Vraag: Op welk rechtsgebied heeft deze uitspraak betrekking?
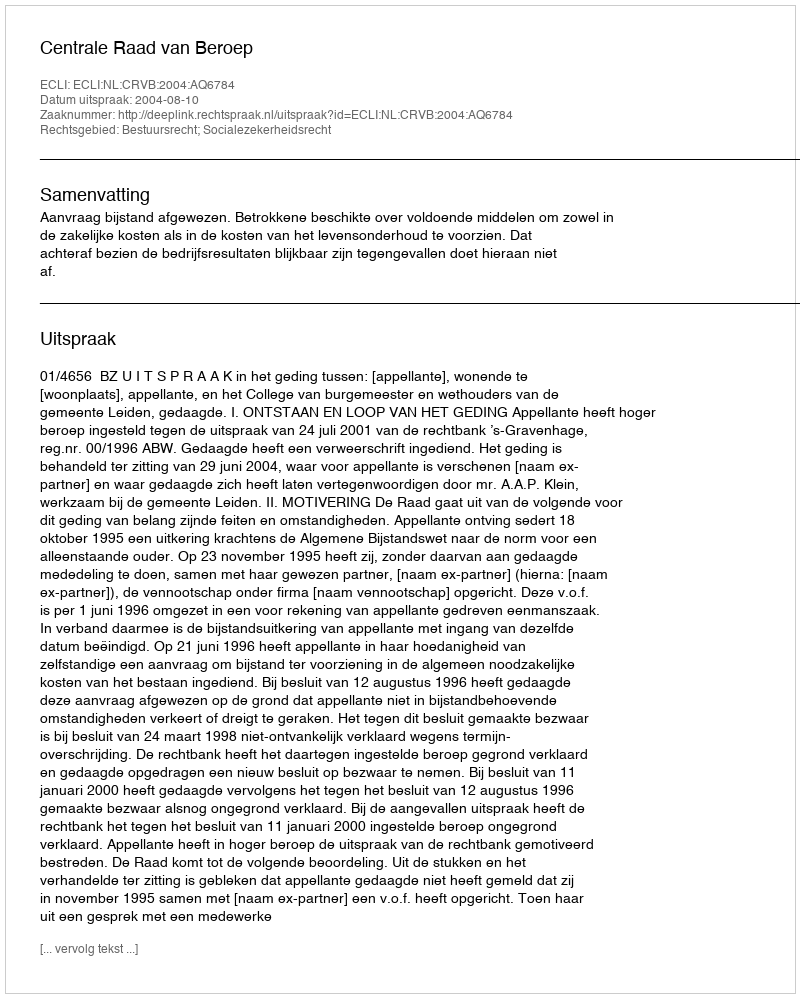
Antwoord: Bestuursrecht; Socialezekerheidsrecht